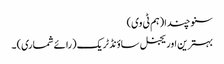
سنو چندا (ہم ٹی وی)
بہترین اوریجنل ساؤنڈ ٹریک (رائے شماری) ۔